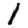
Digit: 1